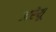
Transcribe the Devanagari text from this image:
जरेयू